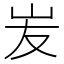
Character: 𡵢